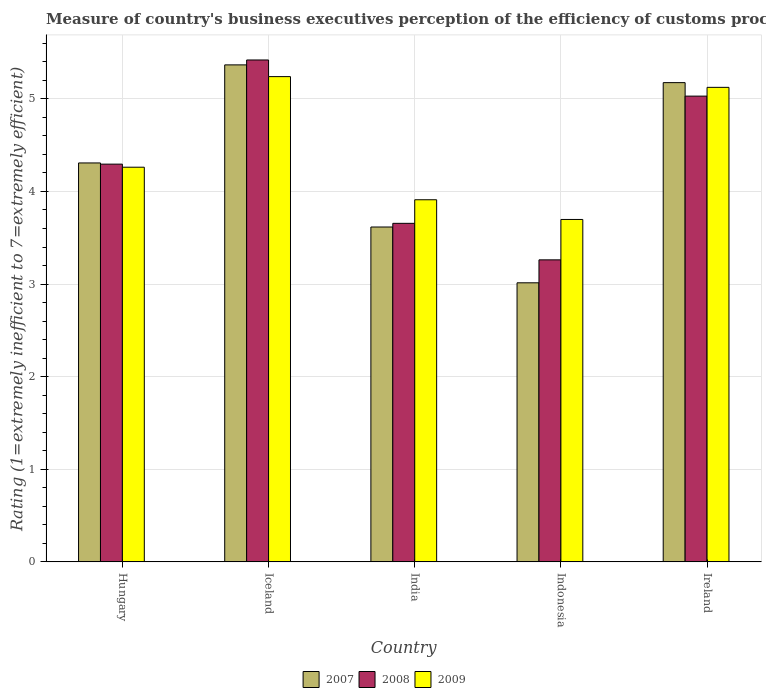
| Country | 2007 | 2008 | 2009 |
 | --- | --- | --- | --- |
 | Hungary | 4.31 | 4.29 | 4.26 |
 | Iceland | 5.37 | 5.42 | 5.24 |
 | India | 3.62 | 3.66 | 3.91 |
 | Indonesia | 3.01 | 3.26 | 3.7 |
 | Ireland | 5.17 | 5.03 | 5.12 |